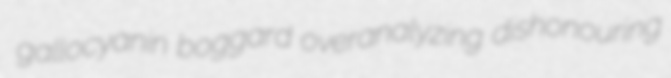
gallocyanin boggard overanalyzing dishonouring